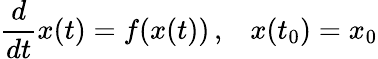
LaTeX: {\frac{d}{dt}}x(t)=f(x(t))\, \mathrm{,}\quad x(t_{0})=x_{0}